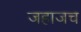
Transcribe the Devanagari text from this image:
जहाजच